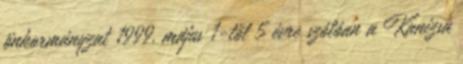
önkormányzat 1999. május 1-től 5 évre szólóan a Kanizsa